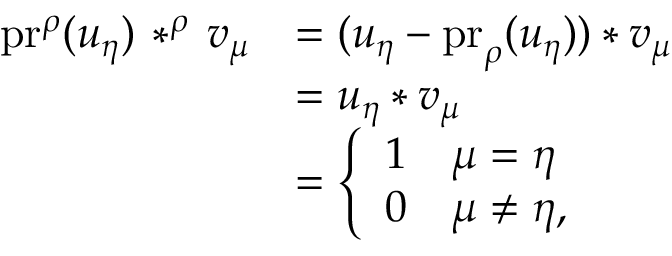
\begin{array} { r l } { \mathrm { p r } ^ { \rho } ( u _ { \eta } ) \, * ^ { \rho } \, v _ { \mu } } & { = ( u _ { \eta } - \mathrm { p r } _ { \rho } ( u _ { \eta } ) ) * v _ { \mu } } \\ & { = u _ { \eta } * v _ { \mu } } \\ & { = \left\{ \begin{array} { l l } { 1 } & { \mu = \eta } \\ { 0 } & { \mu \neq \eta , } \end{array} \right. } \end{array}